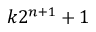
k 2 ^ { n + 1 } + 1